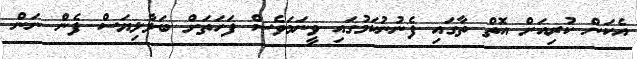
އެކަން ކުރިއަށް އޮތް ތާގައި ފެނުނުކަމުގައި ވީނަމަވެސް ފަހަތަށް ބަލާލިޔަސް ފެން ނަން